Annual report on the Civil Veterinary Department, Burma (including the Insein Veterinary School) - 1932-1941
Year: 1932
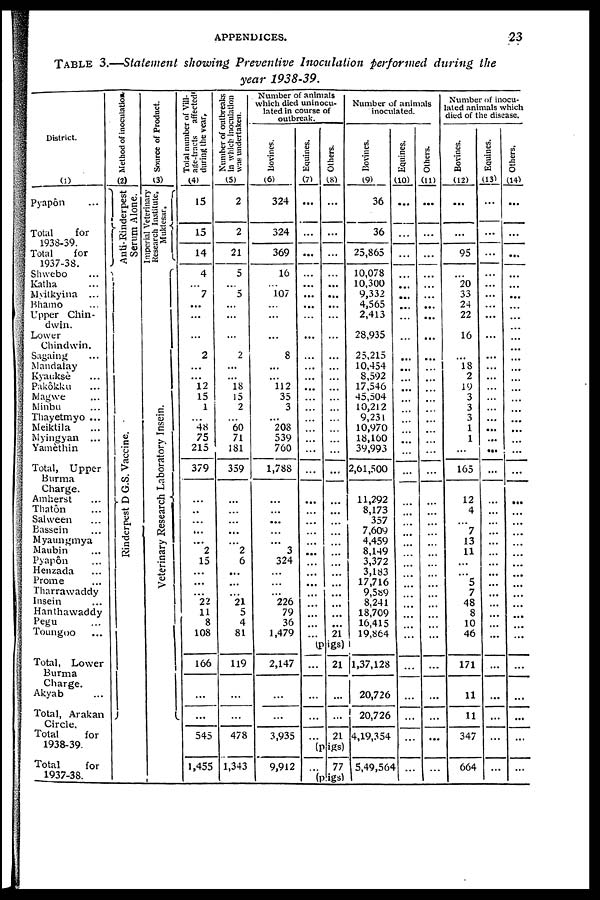
APPENDICES.
23
TABLE 3.—Statement showing Preventive Inoculation performed during the
year 1938-39.
District.
(1)
Pyapôn...
Total
for
1938-39.
Total for
1937-38.
Shwebo ...
Katha ...
Myitkyina ...
Bhamo ...
Upper Chin-
dwin.
Lower
Chindwin.
Sagaing ...
Mandalay
Kyauksè ...
Pakôkku ...
Magwe ...
Minbu ...
Thayetmyo ...
Meiktila ...
Myingyan ...
Yamèthin
Total, Upper
Charge.
Amherst ...
Thatôn ...
Salween ...
Bassein ...
Myaungmya
Maubin ...
Pyapôn ...
Henzada ...
Prome ...
Tharrawaddy
Insein ...
Hanthawaddy
Pegu ...
Toungoo ...
Total, Lower
Burma
Charge.
Akyab ...
Total, Arakan
Circle.
Total
for
1938-39.
Total
for
1937-38.
Method of inoculation.
(2)
Anti- Rinderpest
Serum Alone.
Ri nder pes t D G. S. Vaccine.
Source of Product.
(3)
Imperial Veterinary
Research Institute,
Mukt e s a r
.
Veterinary Research Laboratory Insein.
Total number of Vill-
age-tracts affected
during the year.
(4)
15
15
14
4
... 7
...
...
...
2
...
... 12
15
1
...
48
75
215
379
...
...
...
...
...
..
...
...
...
2
15
...
...
...
22
11
8
108
166
...
...
545
1,455
Number of outbreaks
in which inoculation
was undertaken.
(5)
2
2
21
5
...
5
...
...
...
2
...
...
18 15
2
...
60
71
181
359
...
...
...
...
...
2
6
...
...
...
21
5
4
81
119
...
...
478
1,343
Number of animals
which died uninocu-
lated in course of
outbreak.
Bovines.
(6)
324
324
369
16
... 107
...
...
...
8
112
35
3
...
208
539
760
1,788
...
...
...
...
...
3
324
...
...
...
226
79
36
1,479
2,147
...
...
3,935
9,912
Equines.
(7)
...
...
...
...
...
...
...
...
...
...
...
...
...
...
...
...
...
...
...
...
...
...
...
...
...
...
...
...
...
...
...
...
...
Others.
(8)
...
...
...
...
...
...
...
...
...
...
...
...
...
...
...
...
...
...
...
...
...
...
...
...
...
...
...
...
...
...
...
...
...
21
(pigs)
...
...
...
...
21
...
...
21
(pigs)
...
77
(pigs)
Number of animals
inoculated.
Bovines.
(9)
36
36
25,865
10,078
10,300
9,332
4,565
2,413
28,935
25,215
10,454
8,592
17,546
45,504
10,212
9,231
10,970
18,160
39,993
2,61,500
11,292
8,173
357
7,609
4,459
8,149
3,372
3,183
17,716
9,589
8,241
18,709
16,415
19,864
1,37,128
20,726
20,726
4,19,354
5,49,561
Equines.
(10)
...
...
...
...
...
...
...
...
... ...
...
...
...
...
...
...
...
...
...
...
...
...
...
...
...
...
...
...
...
...
...
...
...
...
...
...
...
...
...
Others.
(11)
...
...
...
...
...
...
...
...
...
...
...
...
...
...
...
...
...
...
...
...
...
...
...
...
...
...
...
...
...
...
...
...
...
...
...
...
...
...
...
Number of inocu-
lated animals which
died of the disease.
Bovines.
(12)
...
...
95
...
20
33
24
22
16
...
18
2
19
3
3
3
1
1
...
165
12
4
... 7
13
11
...
...
5
7
48
8
10
46
171
11
11
347
664
Equines.
(13)
...
...
...
...
...
...
...
...
...
...
...
...
...
...
...
...
...
...
...
...
...
...
...
...
...
...
...
...
...
...
...
...
...
...
...
...
...
...
...
Others,
(14)
...
...
...
...
...
...
...
...
...
...
...
...
...
...
...
...
...
...
...
...
...
...
...
...
...
...
...
...
...
...
...
...
...
...
...
...
...